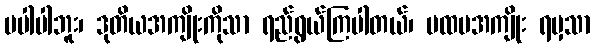
မပါပါဘူး၊ ဒုတိယအကျိုးကိုသာ ရည်ရွယ်ကြပါတယ်၊ ပထမအကျိုး ရမှသာ